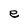
Character: e